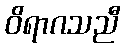
ဝိရာဂသညီ